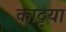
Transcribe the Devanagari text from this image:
काट्टया